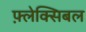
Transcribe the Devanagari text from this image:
फ़्लेक्सिबल